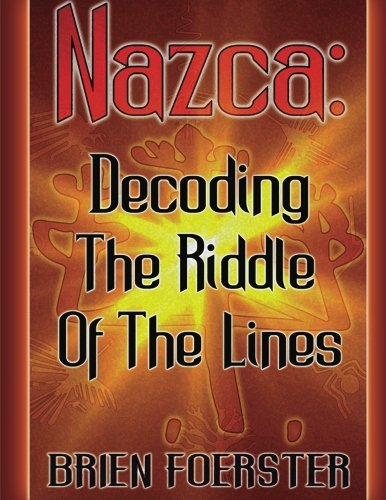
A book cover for Nazca: Decoding The Riddle Of The Lines; Mr. Brien D Foerster; Travel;